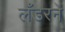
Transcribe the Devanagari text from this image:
लँडरने